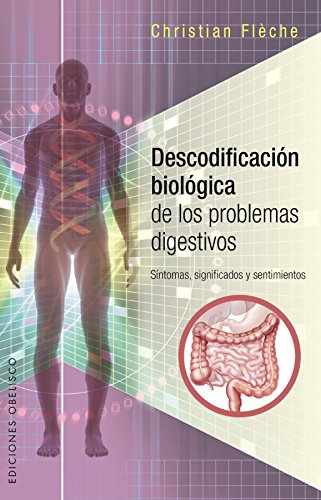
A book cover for Descodificacion biologica de los problemas digestivos (Spanish Edition); Christian Fleche; Health, Fitness & Dieting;